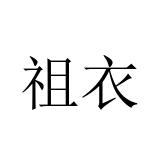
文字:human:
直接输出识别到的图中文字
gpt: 祖衣